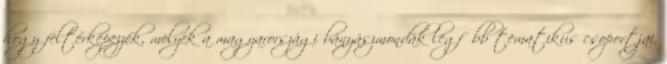
hogy feltérképezzék, melyek a magyarországi bányászmondák legfőbb tematikus csoportjai,